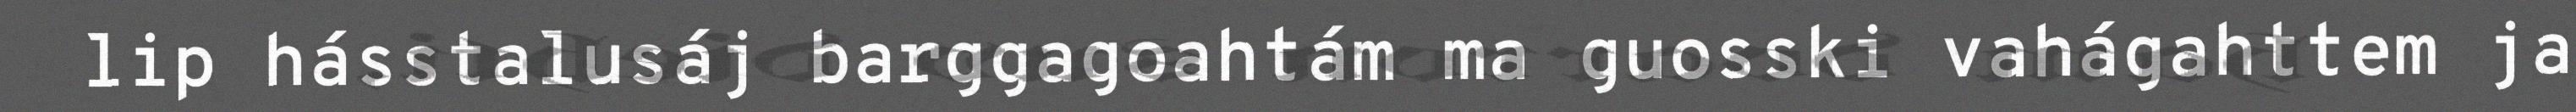
lip hásstalusáj barggagoahtám ma guosski vahágahttem ja